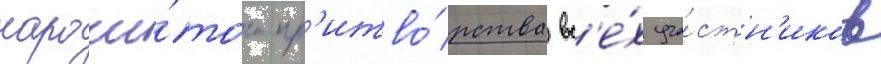
нарочи́того пр'итво́рства вс'е́х уча́стн'иков